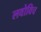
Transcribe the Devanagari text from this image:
लवोविच